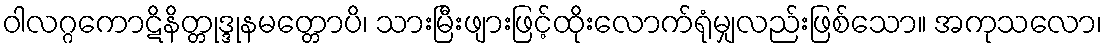
ဝါလဂ္ဂကောဋိနိတ္တုဒ္ဒုနမတ္တောပိ၊ သားမြီးဖျားဖြင့်ထိုးလောက်ရုံမျှလည်းဖြစ်သော။ အကုသလော၊